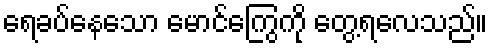
ရေခပ်နေသော မောင်ကြွေကို တွေ့ရလေသည်။